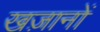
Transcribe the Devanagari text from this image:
खज़ानों